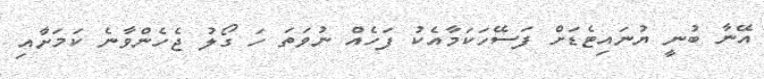
އޭނާ ބުނީ ޔުނައިޓެޑަށް ފަސޭހަކަމާއެކު ފަހެއް ނުވަތަ ހަ ގޯލު ޖެހެންވާނެ ކަމަށާއި